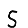
Digit: 5